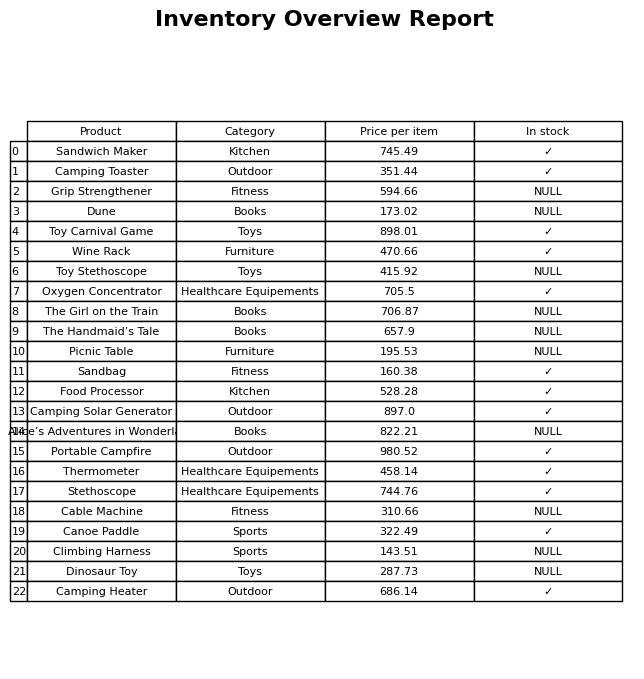
question: What is the price for Dinosaur Toy?
answer: The price of Dinosaur Toy is 287.73.